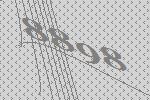
8898